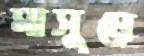
মাসুমে